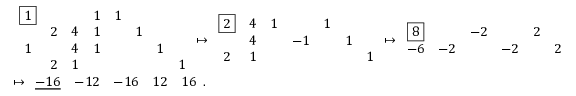
\begin{array} { r l } & { \begin{array} { c c c c c c c c } { \boxed { 1 } } & & & { 1 } & { 1 } & & & \\ & { 2 } & { 4 } & { 1 } & & { 1 } & & \\ { 1 } & & { 4 } & { 1 } & & & { 1 } & \\ & { 2 } & { 1 } & & & & & { 1 } \end{array} \mapsto \begin{array} { c c c c c c c } { \boxed { 2 } } & { 4 } & { 1 } & & { 1 } & & \\ & { 4 } & & { - 1 } & & { 1 } & \\ { 2 } & { 1 } & & & & & { 1 } \end{array} \mapsto \begin{array} { c c c c c c } { \boxed { 8 } } & & { - 2 } & & { 2 } & \\ { - 6 } & { - 2 } & & { - 2 } & & { 2 } \end{array} } \\ & { \mapsto \begin{array} { c c c c c } { \underline { { - 1 6 } } } & { - 1 2 } & { - 1 6 } & { 1 2 } & { 1 6 } \end{array} . } \end{array}